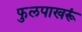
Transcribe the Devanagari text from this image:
फुलपाखरूं